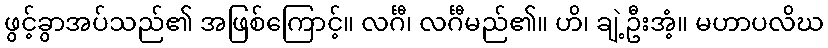
ဖွင့်ခွာအပ်သည်၏ အဖြစ်ကြောင့်။ လင်္ဂီ၊ လင်္ဂီမည်၏။ ဟိ၊ ချဲ့ဦးအံ့။ မဟာပလိဃ